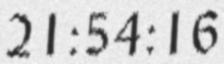
21:54:16